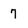
Character: 7